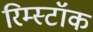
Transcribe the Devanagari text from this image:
रिम्स्टॉक